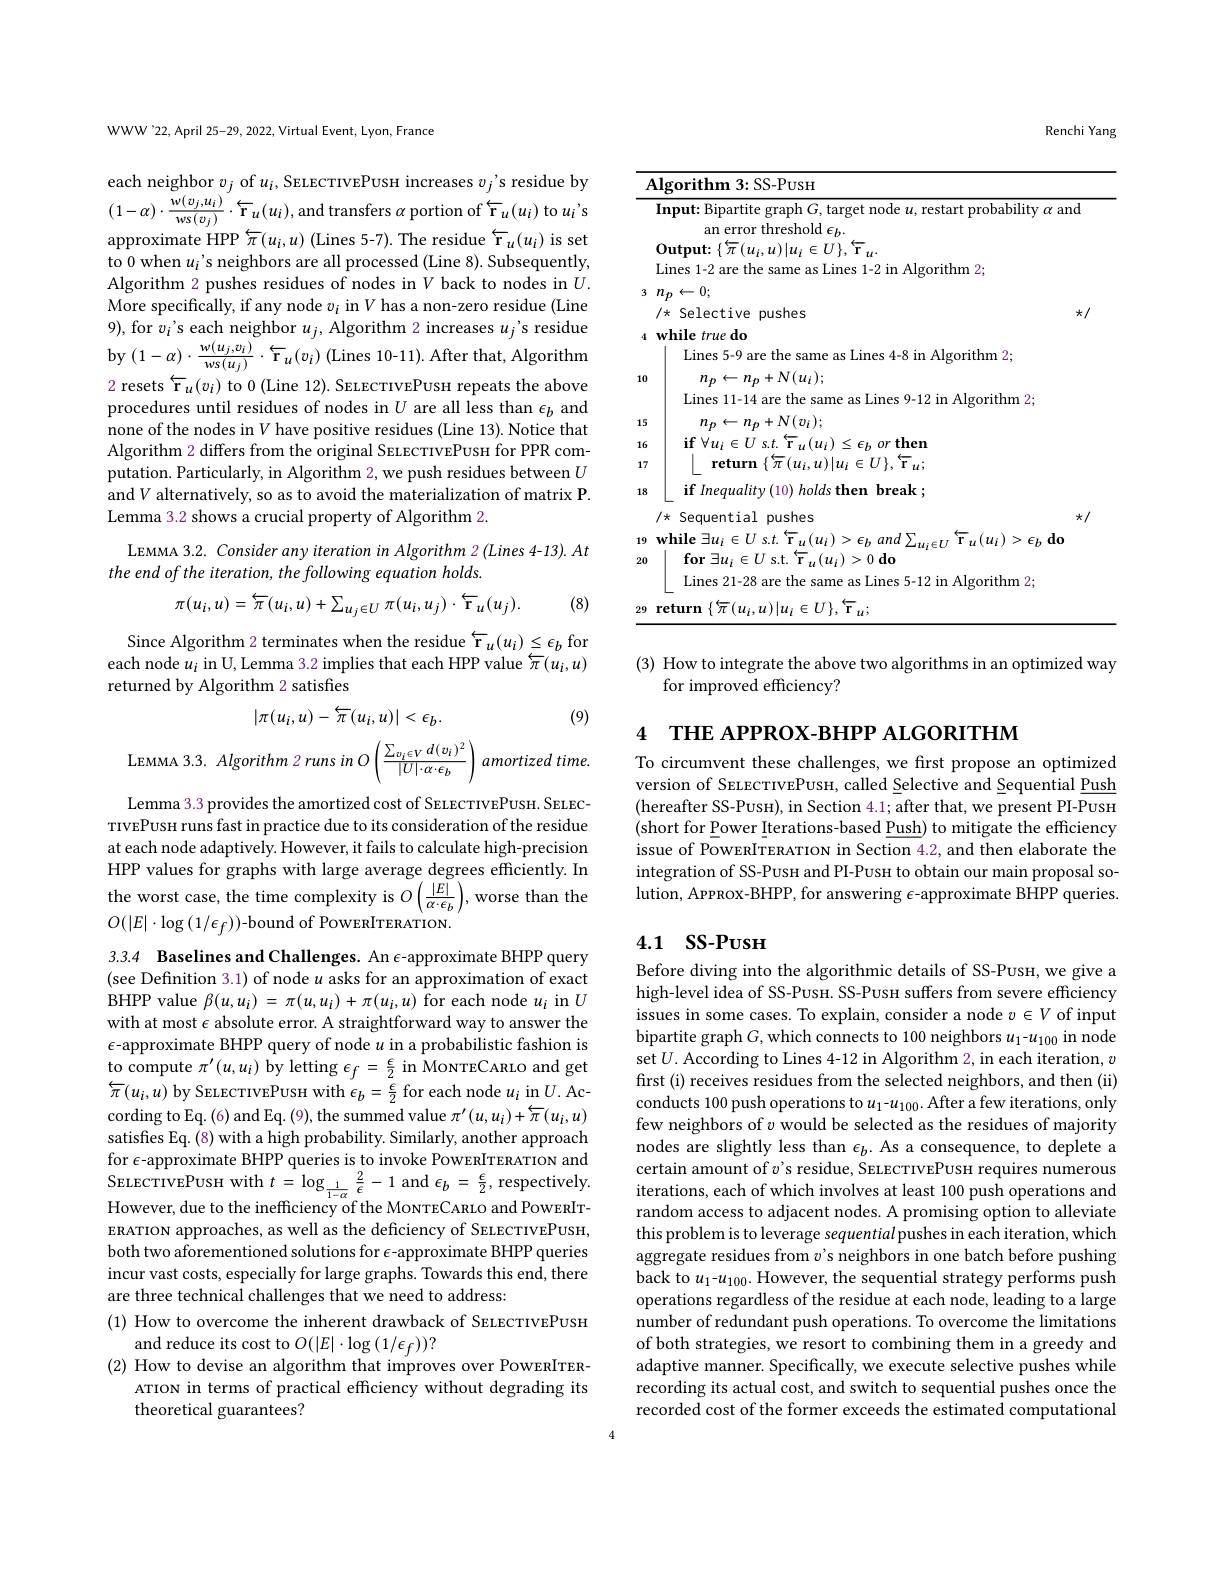
WWW'22, April 25-29, 2022, Virtual Event, Lyon, France

each neighbor $v_j$ of $u_i$,SELECTIVEPUSH increases $v_j$'s residue by $(1-\alpha)\cdot\frac{w(v_{j},u_{i})}{ws(v_{j})}\cdot\overleftarrow{\mathbf{r}}_{u}(u_{i})$,and transfers $\alpha$ portion of $\overleftarrow\mathbf{r}_{u}(u_{i})$ to $u_{i}^{'}$s approximate HPP $\overleftarrow{\pi}(u_{i},u)$ (Lines 5-7). The residue $\overleftarrow{\mathbf{r}}_{u}(u_{i})$ is set to 0 when $u_i$'s neighbors are all processed (Line 8). Subsequently, Algorithm 2 pushes residues of nodes in $V$ back to nodes in $U.$ More specifically, if any node $v_i$ in $V$ has a non-zero residue (Line 9), for $v_i$'s each neighbor $u_j$, Algorithm 2 increases $u_j$'s residue by$\left(1-\alpha\right)\cdot\frac{w(u_{j},v_{i})}{ws(u_{j})}\cdot\overleftarrow{\mathbf{r}}_{u}(v_{i})$(Lines 10-11).After that, Algorithm 2 resets $\overleftarrow{\mathbf{r} } _u( v_i)$ to 0 (Line 12). SELECTIVEPUSH repeats the above procedures until residues of nodes in $U$ are all less than $\epsilon_b$ and none of the nodes in $V$ have positive residues (Line 13). Notice that Algorithm 2 differs from the original SELECTIVEPUSH for PPR computation. Particularly, in Algorithm 2, we push residues between $U$ and $V$ alternatively, so as to avoid the materialization of matrix P. Lemma 3.2 shows a crucial property of Algorithm 2.

LEMMA 3.2. Consider any iteration in Algorithm 2 (Lines 4-13). At

the end of the iteration, the following equation holds.
(8)
$$\pi(u_{i},u)=\overleftarrow{\pi}(u_{i},u)+\sum_{u_{j}\in U}\pi(u_{i},u_{j})\cdot\overleftarrow{\mathbf{r}}_{u}(u_{j}).$$
Since Algorithm 2 terminates when the residue $\overleftarrow{\mathrm{r}}_u(u_i)\leq\epsilon_b$ for each node $u_i$ in U, Lemma 3.2 implies that each HPP value $\overleftarrow\pi(u_i,u)$ returned by Algorithm 2 satisfies

(9)
$$|\pi(u_i,u)-\overleftarrow{\pi}(u_i,u)|<\epsilon_b.$$
$!time$

Lemma 3.3 provides the amortized cost of SELECTIVEPUSH. SELECTIVEPUSH runs fast in practice due to its consideration of the residue at each node adaptively. However, it fails to calculate high-precision HPP values for graphs with large average degrees efficiently. In the worst case, the time complexity is $O\left(\frac{|E|}{\alpha\cdot\epsilon_{b}}\right)$,worse than the $O(|E|\cdot\log(1/\epsilon_f))$-bound of PoweRITERATION.

3.3.4 Baselines and Challenges. An $\epsilon$-approximate BHPP query (see Definition 3.1) of node $u$ asks for an approximation of exact BHPP value $\beta(u,u_i)=\pi(u,u_i)+\pi(u_i,u)$ for each node $u_i$ in $U$ with at most $\epsilon$ absolute error. A straightforward way to answer the $\epsilon$-approximate BHPP query of node $u$ in a probabilistic fashion is to compute $\pi^{\prime}(u,u_{i})$ by letting $\epsilon_f=\frac\epsilon2$ in MoNTECARLo and get $\overleftarrow{\pi}(u_{i},u)$ by SELECTIVEPUSH with $\epsilon_b=\frac\epsilon2$ for each node $u_i$ in $U.$ According to Eq.(6) and Eq. (9), the summed value $\pi^\prime(u,u_i)+\overleftarrow{\pi}(u_i,u)$ satisfies Eq.(8) with a high probability. Similarly, another approach for $\epsilon$-approximate BHPP queries is to invoke PowERITERATION and SELECTIVEPUSH with $t= \log _{\frac 1{1- \alpha }}\frac 2\epsilon - 1$and$\epsilon_b=\frac\epsilon2$,respectively However, due to the inefficiency of the MoNTECARLO and PoweRITERATION approaches, as well as the deficiency of SELECTIVEPUSH, both two aforementioned solutions for $\epsilon$-approximate BHPP queries incur vast costs, especially for large graphs. Towards this end, there are three technical challenges that we need to address:
(1) How to overcome the inherent drawback of SELECTIVEPUSH
and reduce its cost to $O(|E|\cdot\log{(1/\epsilon_f)})?$
(2) How to devise an algorithm that improves over PowenITER-
ATION in terms of practical efficiency without degrading its
theoretical guarantees?

Renchi Yang

<table>
	<tbody>
		<tr>
			<th> </th>
			<th>Input: Bipartite graph $G$, target node $u$, restart probability $\alpha$ a $\mathbf{Output:}\{\overleftarrow{\pi}(u_{i},u)|u_{i}\in U\},\overleftarrow{\mathbf{r}}_{u}.$ an error threshold $\epsilon_b.$ Lines 1-2 are the same as Lines 1-2 in Algorithm 2;</th>
			<th>and</th>
		</tr>
		<tr>
			<td>3</td>
			<td>$n_{p}\leftarrow0;$ $/\star$ Selective pushes</td>
			<td>$\star$</td>
		</tr>
		<tr>
			<td>15</td>
			<td>5 $n_{p}$ $n_{p}$ $v_{i})$</td>
			<td> </td>
		</tr>
		<tr>
			<td>16</td>
			<td>6 T $(u_{i})$ 、 $\boldsymbol{e}_{h}$ 10</td>
			<td> </td>
		</tr>
		<tr>
			<td>17</td>
			<td>$\{$ $\pi \left ( u_{i}, u\right ) | u_{i}\in U\} $, $\mathbf{r} _{u};$</td>
			<td> </td>
		</tr>
		<tr>
			<td>18</td>
			<td>${\mathbf{break}};$</td>
			<td>米</td>
		</tr>
		<tr>
			<td>q 1</td>
			<td> </td>
			<td> </td>
		</tr>
		<tr>
			<td>20</td>
			<td>$\textbf{for}\exists u_{i}\in U$ s. t. $\overleftarrow{\mathbf{r} } _{u}( u_{i}) > 0\textbf{do}$ 0 Lines 21-28 are the same as Lines 5-12 in Algorithm 2;</td>
			<td> </td>
		</tr>
		<tr>
			<td>29</td>
			<td>11r</td>
			<td> </td>
		</tr>
	</tbody>
</table>

(3) How to integrate the above two algorithms in an optimized way
for improved efficiency?

4 THE APPROX-BHPP ALGORITHM

To circumvent these challenges, we first propose an optimized version of SELECTIVEPUSH, called Selective and Sequential Push (hereafter SS-PusH),in Section 4.1;after that, we present PI-$\overline{\text{PusH}}$ (short for Power Iterations-based Push) to mitigate the efficiency issue of PowERITERATION in Section 4.2, and then elaborate the integration of SS-Pusн and PI-Pusн to obtain our main proposal solution, AppRox-BHPP, for answering $\epsilon$-approximate BHPP queries.

## 4.1 SS-PusH

Before diving into the algorithmic details of SS-Pusн, we give a high-level idea of SS-Pusn. SS-Pusн suffers from severe efficiency issues in some cases. To explain, consider a node $v\in V$ of input bipartite graph $G$, which connects to 100 neighbors $u_1-u_{100}$ in node set $U.$ According to Lines 4-12 in Algorithm 2, in each iteration, $v$ first (i) receives residues from the selected neighbors, and then (ii) conducts 100 push operations to $u_1-u_{100}.$ After a few iterations, only few neighbors of $v$ would be selected as the residues of majority nodes are slightly less than $\epsilon_b.$ As a consequence, to deplete a certain amount of $v^{\prime}$s residue, SELECTIVEPUSH requires numerous iterations, each of which involves at least 100 push operations and random access to adjacent nodes. A promising option to alleviate this problem is to leverage sequential pushes in each iteration, which aggregate residues from $v^{\prime}$s neighbors in one batch before pushing back to $u_1$-$u_100.$ However, the sequential strategy performs push operations regardless of the residue at each node, leading to a large number of redundant push operations. To overcome the limitations of both strategies, we resort to combining them in a greedy and adaptive manner. Specifically, we execute selective pushes while recording its actual cost, and switch to sequential pushes once the recorded cost of the former exceeds the estimated computational